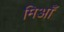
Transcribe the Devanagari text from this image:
मिआँ